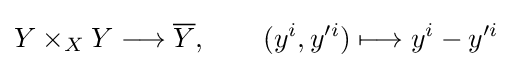
Y\times _{X}Y\longrightarrow {\overline {Y}},\qquad (y^{i},y'^{i})\longmapsto y^{i}-y'^{i}